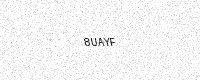
Text: 8UAYF